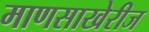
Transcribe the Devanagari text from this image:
माणसाखेरीज